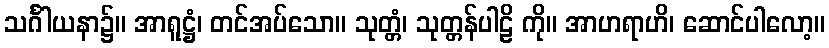
သင်္ဂါယနာ၌။ အာရူဋ္ဌံ၊ တင်အပ်သော။ သုတ္တံ၊ သုတ္တန်ပါဠိ ကို။ အာဟရာဟိ၊ ဆောင်ပါလော့။